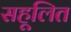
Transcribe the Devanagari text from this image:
सहूलित